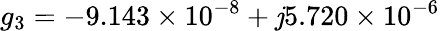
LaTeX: g_{3}=-9.143\times10^{-8}+\mathit{j}5.720\times10^{-6}